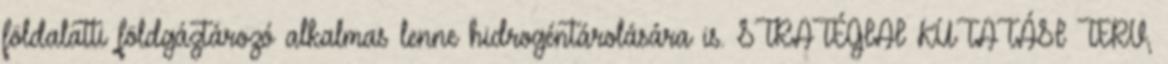
földalatti földgáztározó alkalmas lenne hidrogéntárolására is. STRATÉGIAI KUTATÁSI TERV,